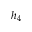
h _ { 4 }